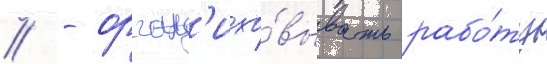
// - орган'изо́вывать рабо́ту